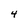
Character: 4